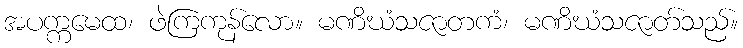
အပက္ကမေထ၊ ဖဲကြကုန်လော။ မဏိဃံသဇာတကံ၊ မဏိဃံသဇာတ်သည်။